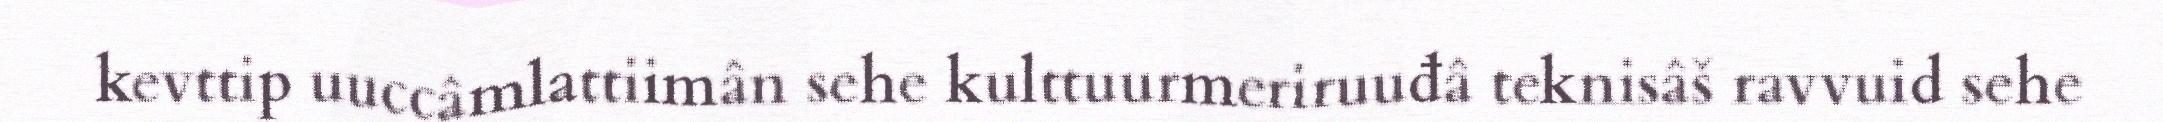
kevttip uuccâmlattiimân sehe kulttuurmeriruuđâ teknisâš ravvuid sehe